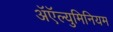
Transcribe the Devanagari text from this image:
अॅऍल्युमिनियम